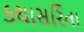
કથાસરિતા